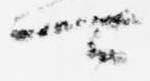
可